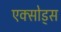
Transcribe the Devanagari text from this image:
एक्सोड्स